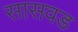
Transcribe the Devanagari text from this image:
सासवड